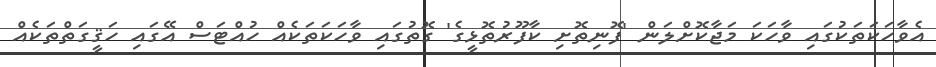
އެވާހަކަތަކުގައި ވާހަކަ މަޖާކޮށްލަން 'ފޮނިތޮށި ކާފޫރުތޮޅީގެ' ގޮތުގައި ވާހަކަތަކެއް ހުއްޓަސް އޭގައި ހަޤީގަތްތަކެއް